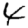
Digit: 4